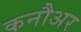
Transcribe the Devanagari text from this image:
कनौअर